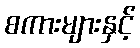
စကားများနှင့်